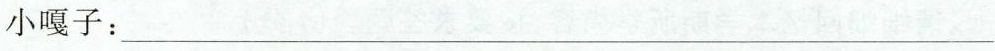
小嘎子：___